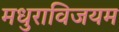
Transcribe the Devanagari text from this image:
मधुराविजयम